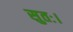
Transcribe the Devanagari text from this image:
सुतः।